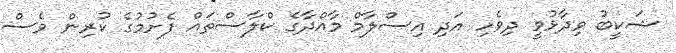
ޝަކީބު ވިދާޅުވީ ދިވެހި އަދި އިސްލާމް މާއްދާގެ ކްލާސްތައް ފެށުމުގެ ކުރިން ވެސް